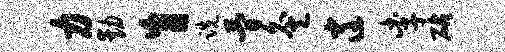
力动盲跣简灸逍李砧